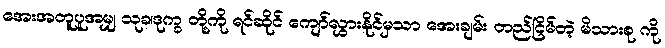
အေးအတူပူအမျှ သုခ၊ဒုက္ခ တို့ကို ရင်ဆိုင် ကျော်လွှားနိုင်မှသာ အေးချမ်း တည်ငြိမ်တဲ့ မိသားစု ကို